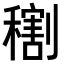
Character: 𥢫